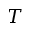
T